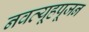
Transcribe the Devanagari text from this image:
नवव्यूहपूजन